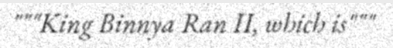
"""King Binnya Ran II, which is"""